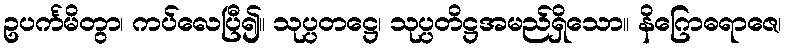
ဥပင်္ကမိတွာ၊ ကပ်လေပြီ၍။ သုပ္ပတဋ္ဌေ၊ သုပ္ပတိဋ္ဌအမည်ရှိသော။ နိဂြောဓရာဇေ၊